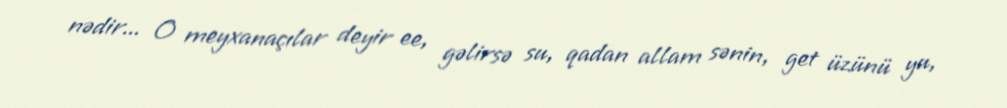
nədir... O meyxanaçılar deyir ee, gəlirsə su, qadan allam sənin, get üzünü yu,